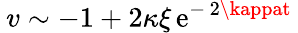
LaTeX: \: v\sim-1+2\kappa\xi\, \mathrm{e}^{-\, 2\kappat}\: